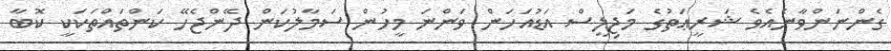
ގެންނަންވާނެއެވެ ޝަރީޢަތުގެ މަޖިލީސް އަޑުއަހަން ވަންނަ މީހުން ސަމާލުކަން ދޭންޖެހޭ ކަންތައްތަކަކީ ކޮބާ